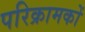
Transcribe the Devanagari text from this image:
परिक्रामकों